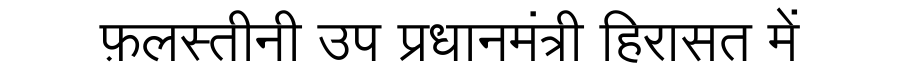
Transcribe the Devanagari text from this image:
फ़लस्तीनी उप प्रधानमंत्री हिरासत में